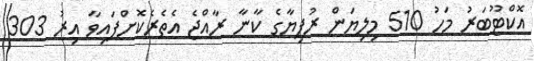
އޮކްޓޫބަރު މަހު 510 މިލިޔަން ރުފިޔާގެ ކާނާ ރާއްޖެ އެތެރެކޮށްފައިވާ އިރު 303